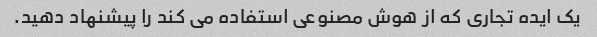
یک ایده تجاری که از هوش مصنوعی استفاده می کند را پیشنهاد دهید.